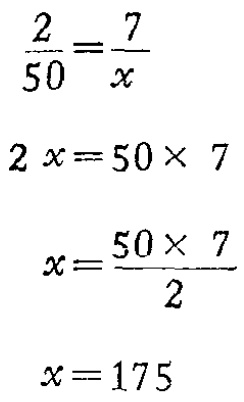
\[\begin{align*}
\frac{2}{50}&=\frac{7}{x}\\
2x&=50\times7\\
x&=\frac{50\times7}{2}\\
x&=175
\end{align*}\]